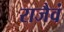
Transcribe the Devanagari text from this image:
राजैवं